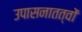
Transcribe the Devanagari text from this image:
उपासनातत्वों